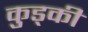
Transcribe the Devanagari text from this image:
कुड्की